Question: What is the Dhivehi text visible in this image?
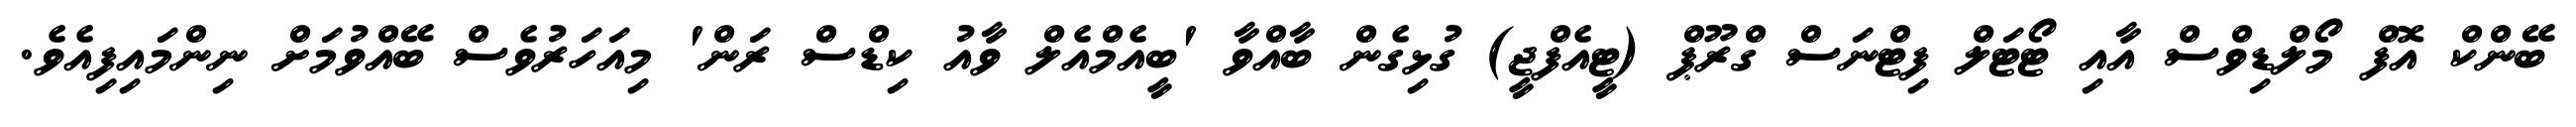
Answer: ބޭންކް އޮފް މޯލްޑިވްސް އާއި ޓޯޓަލް ފިޓްނަސް ގްރޫޕް (ޓީއެފްޖީ) ގުޅިގެން ބާއްވާ 'ބީއެމްއެލް ވާއު ކިޑްސް ރަން' މިއަހަރުވެސް ބޭއްވުމަށް ނިންމައިފިއެވެ.